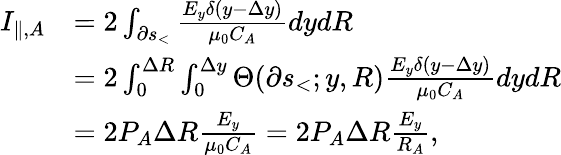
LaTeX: \begin{array}{rl}{I_{\| ,A}}&{=2\int_{\partial s_{<}}\frac{E_{y}\delta(y-\Delta y)}{\mu_{0}C_{A}}dydR}\\ &{=2\int_{0}^{\Delta R}\int_{0}^{\Delta y}\Theta(\partial s_{<};y,R)\frac{E_{y}\delta(y-\Delta y)}{\mu_{0}C_{A}}dydR}\\ &{=2P_{A}\Delta R\frac{E_{y}}{\mu_{0}C_{A}}=2P_{A}\Delta R\frac{E_{y}}{R_{A}},}\end{array}